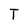
Character: T